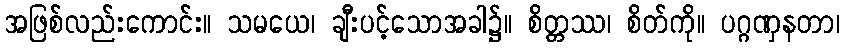
အဖြစ်လည်းကောင်း။ သမယေ၊ ချီးပင့်သောအခါ၌။ စိတ္တဿ၊ စိတ်ကို။ ပဂ္ဂဏှနတာ၊